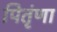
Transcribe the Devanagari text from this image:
पितृंणा